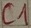
Text: C1